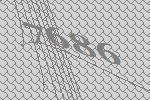
7686